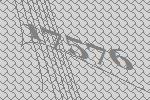
17576